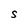
Character: S